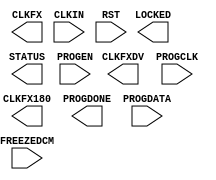
// $Header: /devl/xcs/repo/env/Databases/CAEInterfaces/xec_libs/data/unisims/DCM_CLKGEN.v,v 1.4 2009/09/02 19:42:58 vandanad Exp $
///////////////////////////////////////////////////////////////////////////////
// Copyright (c) 1995/2009 Xilinx, Inc.
// All Right Reserved.
///////////////////////////////////////////////////////////////////////////////
//   ____  ____
//  /   /\/   /
// /___/  \  /    Vendor : Xilinx
// \   \   \/     Version : 11.1i (L.11)
//  \   \         Description : Xilinx Formal Library Component
//  /   /
// /___/   /\     Filename : DCM_CLKGEN.v
// \   \  /  \    Timestamp :
//  \___\/\___\
//
// Revision:
//    04/28/09 - Initial version.
// End Revision

`timescale  1 ps / 1 ps

module DCM_CLKGEN (
  CLKFX,
  CLKFX180,
  CLKFXDV,
  LOCKED,
  PROGDONE,
  STATUS,
  CLKIN,
  FREEZEDCM,
  PROGCLK,
  PROGDATA,
  PROGEN,
  RST
);

  parameter SPREAD_SPECTRUM = "NONE";
  parameter STARTUP_WAIT = "FALSE";
  parameter integer CLKFXDV_DIVIDE = 2;
  parameter integer CLKFX_DIVIDE = 1;
  parameter integer CLKFX_MULTIPLY = 4;
  parameter real CLKFX_MD_MAX = 0.0;
  parameter real CLKIN_PERIOD = 0.0;
  

  output CLKFX180;
  output CLKFX;
  output CLKFXDV;
  output LOCKED;
  output PROGDONE;
  output [2:1] STATUS;

  input CLKIN;
  input FREEZEDCM;
  input PROGCLK;
  input PROGDATA;
  input PROGEN;
  input RST;

endmodule